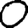
Digit: 0